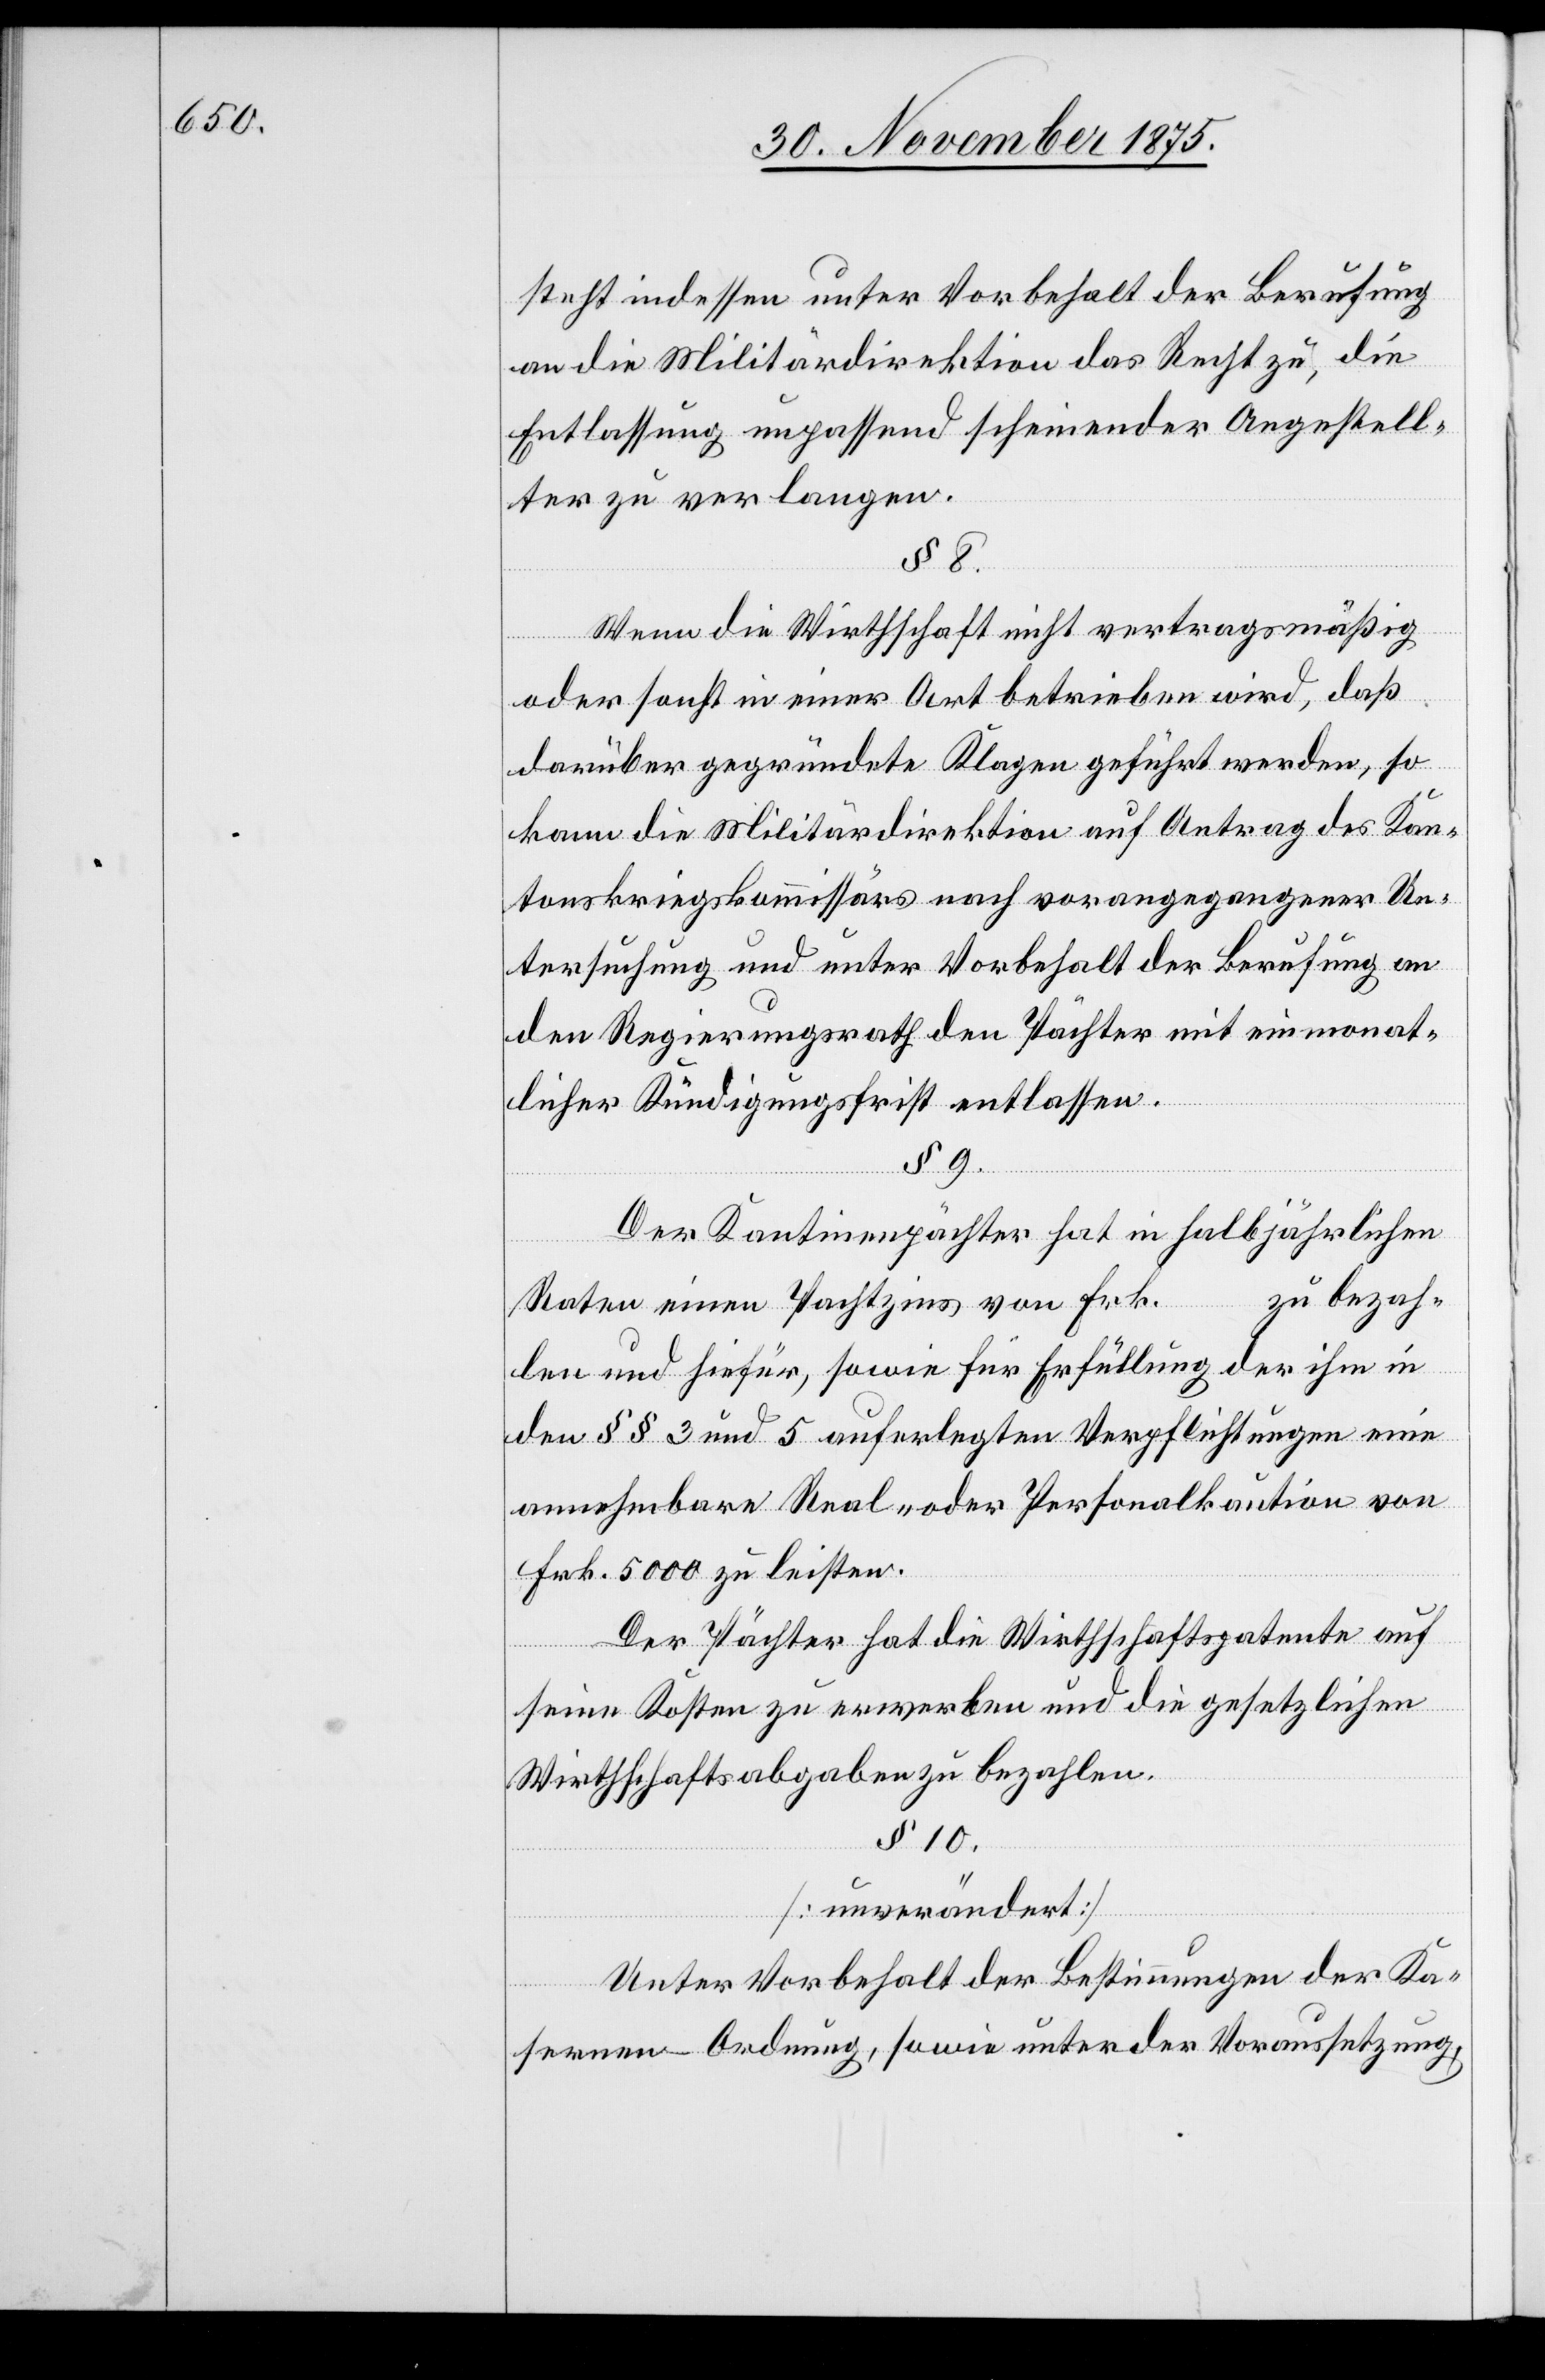
steht indessen unter Vorbehalt der Berufung
an die Militärdirektion das Recht zu, die
Entlassung unpassend scheinender Angestell¬
ter zu verlangen.
§ 8.
Wenn die Wirthschaft nicht vertragsmäßig
oder sonst in einer Art betrieben wird, daß
darüber gegründete Klagen geführt werden, so
kann die Militärdirektion auf Antrag des Kan¬
tonskriegskommissärs nach vorangegangener Un¬
tersuchung und unter Vorbehalt der Berufung an
den Regierungsrath den Pächter mit einmonat¬
licher Kündigungsfrist entlassen.
§ 9.
Der Kantinenpächter hat in halbjährlichen
Raten einen Pachtzins von Frk. … zu bezah¬
len und hiefür, sowie für Erfüllung der ihm in
den §§ 3 und 5 auferlegten Verpflichtungen eine
annehmbare Real- oder Personalkaution von
Frk. 5000 zu leisten.
Der Pächter hat die Wirthschaftspatente auf
seine Kosten zu erwerben und die gesetzlichen
Wirthschaftsabgaben zu bezahlen.
§ 10.
[unverändert]
Unter Vorbehalt der Bestimmungen der Ka¬
sernen-Ordnung, sowie unter der Voraussetzung,